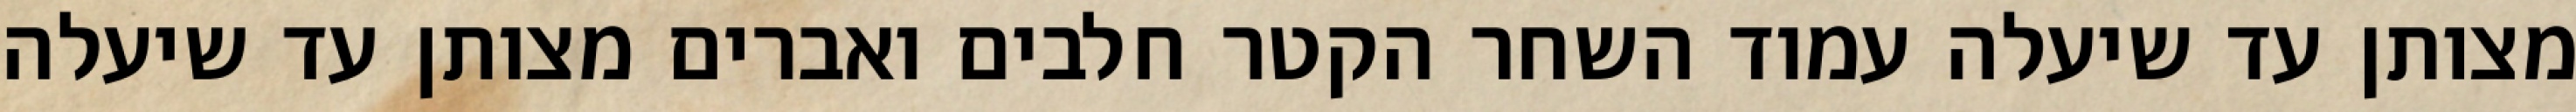
מצותן עד שיעלה עמוד השחר הקטר חלבים ואברים מצותן עד שיעלה